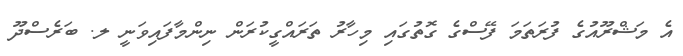
އެ މަޝްރޫއުގެ ފުރަތަމަ ފޭސްގެ ގޮތުގައި މިހާރު ތަރައްގީކުރަން ނިންމާފައިވަނީ ލ. ބަރެސްދޫ